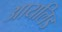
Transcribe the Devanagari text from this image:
आयलिड